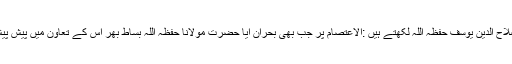
حافظ صلاح الدین یوسف حفظہ اللہ لکھتے ہیں :الاعتصام پر جب بھی بحران آیا حضرت مولانا حفظہ اللہ بساط بھر اس کے تعاون میں پیش پیش رہے۔